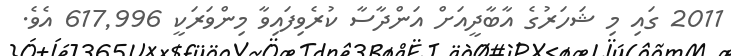
2011 ގައި މި ޝަހަރުގެ އާބާދީއަށް އަންދާސާ ކުރެވިފައިވާ މިންވަރަކީ 617